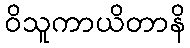
ဝိသူကာယိတာနိ